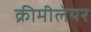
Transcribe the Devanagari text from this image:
क्रीमीलेयर